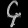
Digit: ၄